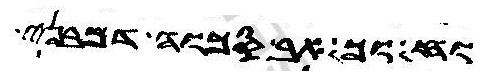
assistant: ואסחנותך בגו בני